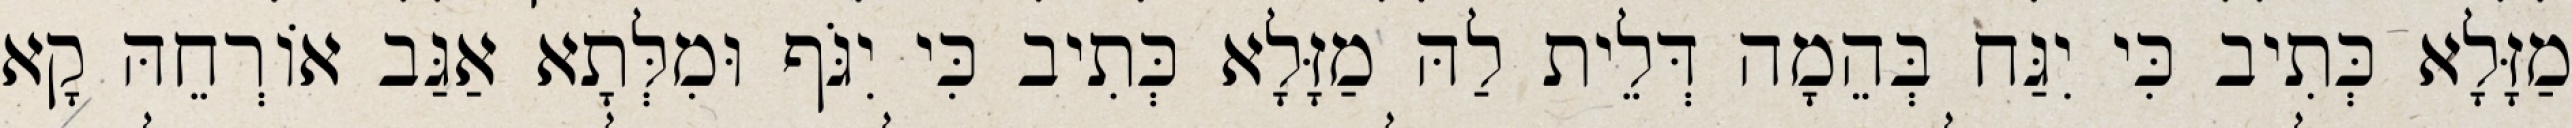
מַזָּלָא כְּתִיב כִּי יִגַּח בְּהֵמָה דְּלֵית לַהּ מַזָּלָא כְּתִיב כִּי יִגֹּף וּמִלְּתָא אַגַּב אוֹרְחֵהּ קָא